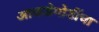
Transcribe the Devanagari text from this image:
आकडेमोडींचा